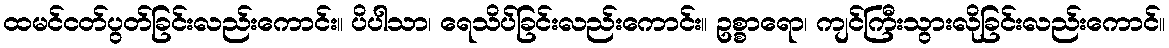
ထမင်ငတ်ပွတ်ခြင်းလည်းကောင်း။ ပိပါသာ၊ ရေသိပ်ခြင်းလည်းကောင်း။ ဥစ္စာရော၊ ကျင်ကြီးသွားလိုခြင်းလည်းကောင်။